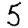
Digit: 5